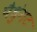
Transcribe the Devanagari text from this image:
पैधुंगट